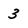
Character: 3